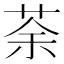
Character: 荼